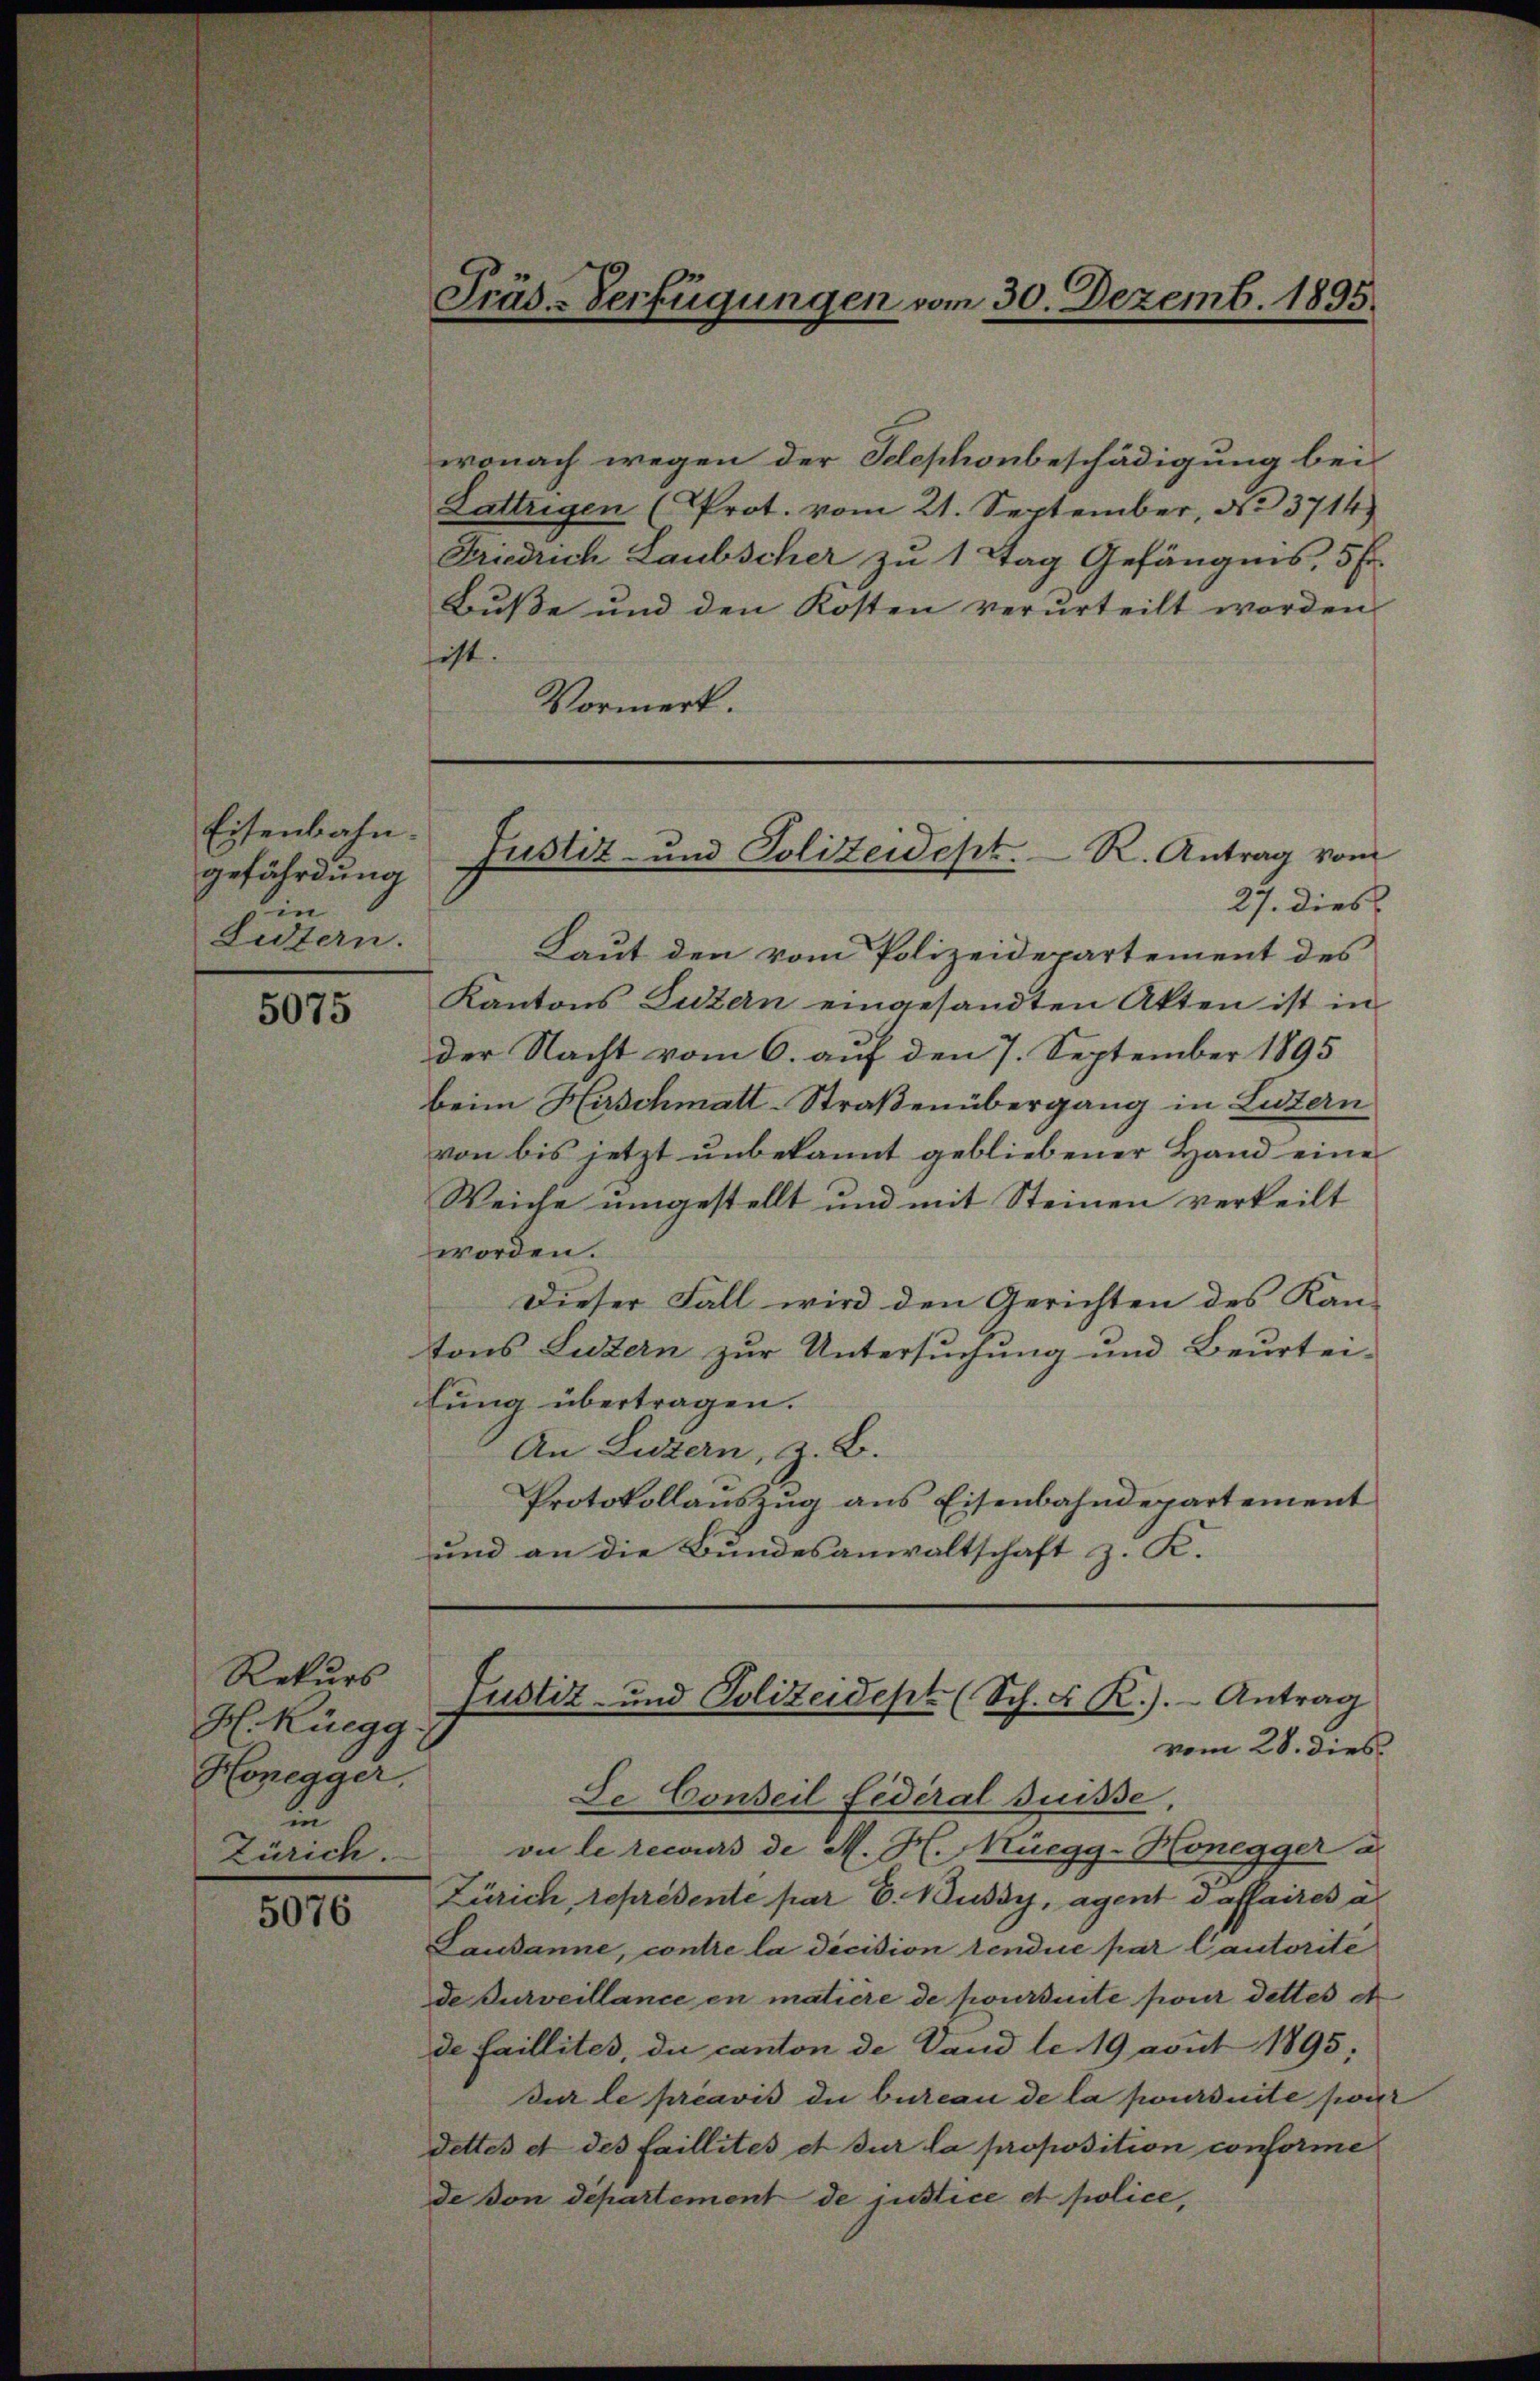
Eisenbahn.
gefährdung
in
Eustern.

5075

Rekurs
H. Rüegg
Honegger,
u
Zürich.

5076

wonach wegen der Telephonbeschädigung bei
Lattrigen (Prot. vom 21. September, No 3714)
Friedrich Laubscher zu 1 Tag Gefängnis, 5 Fr.
Bŭβe und den Kosten verurteilt worden
hist.
Vormerk.
27. dies
Laut den vom Polizeidepartement des
Kantons Luzern eingesandten Akten ist in
der Nacht vom 6. auf den 7. September 1895
beim Hirschmatt-Straßenübergang in Luzern
von bis jetzt unbekannt gebliebener Hand eine
Weiche umgestellt und mit Steinen verkeilt
worden.
Dieser Fall wird den Gerichten des Kan-
tons Luzern zur Untersuchung und Beurtei-
lung übertragen.
An Luzern, z. B.
Protokollauszug aus Eisenbahndepartement
und an die Bundesanwaltschaft z. K.
Justiz- und Polizeidept (Sch. F. R.). Antrag
vom 28. dies
Le Conseil fédéral Suisse,
on le recours de M. H. Muegg-Honegger a.
Zürich représente par E. Kussy, agent daffaires a
Lausanne, contre la dicision tendice par Cautorite
de Durveillance en matière de poursuite pour dettes et
de faillites, du canton de Land le 19 avut 1895;
dur le préavis die bureau de la poursuite soier
dettes et des faillités et sur la proposition conforme
de von departement de justice et police,

Präs-Verfügungen vom 30. Dezemb. 1895.

Justiz- und Polizeidept. R. Antrag vom